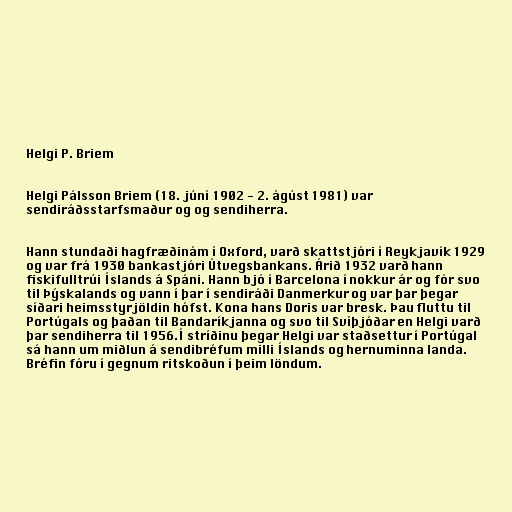
Helgi P. Briem

Helgi Pálsson Briem (18. júní 1902 - 2. ágúst 1981) var
sendiráðsstarfsmaður og og sendiherra.

Hann stundaði hagfræðinám í Oxford, varð skattstjóri í Reykjavík 1929
og var frá 1930 bankastjóri Útvegsbankans. Árið 1932 varð hann
fiskifulltrúi Íslands á Spáni. Hann bjó í Barcelona í nokkur ár og fór svo
til Þýskalands og vann í þar í sendiráði Danmerkur og var þar þegar
síðari heimsstyrjöldin hófst. Kona hans Doris var bresk. Þau fluttu til
Portúgals og þaðan til Bandaríkjanna og svo til Svíþjóðar en Helgi varð
þar sendiherra til 1956.Í stríðinu þegar Helgi var staðsettur í Portúgal
sá hann um miðlun á sendibréfum milli Íslands og hernuminna landa.
Bréfin fóru í gegnum ritskoðun í þeim löndum.